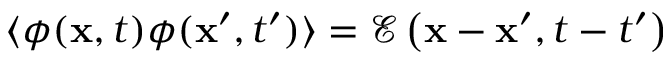
\langle \phi ( \mathbf { x } , t ) \phi ( \mathbf { x } ^ { \prime } , t ^ { \prime } ) \rangle = \mathcal { E } \left( \mathbf { x } - \mathbf { x } ^ { \prime } , t - t ^ { \prime } \right)